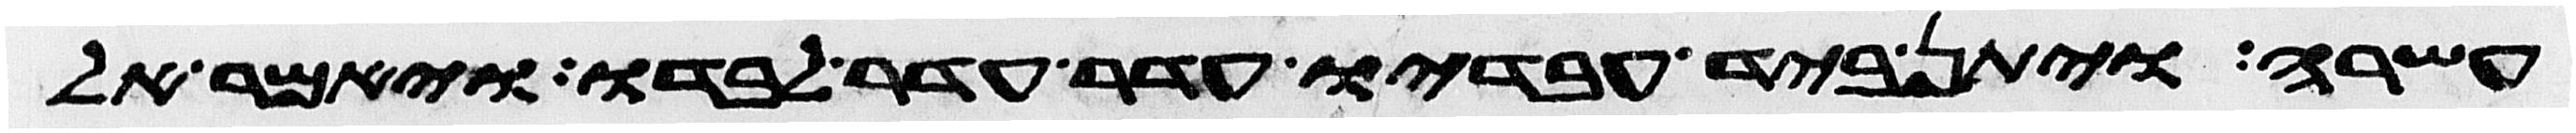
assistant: עשרה ויתן ביד עבדיו עדר עדר לבדו ויאמר אל